Report of the Hyderabad Chloroform Commission
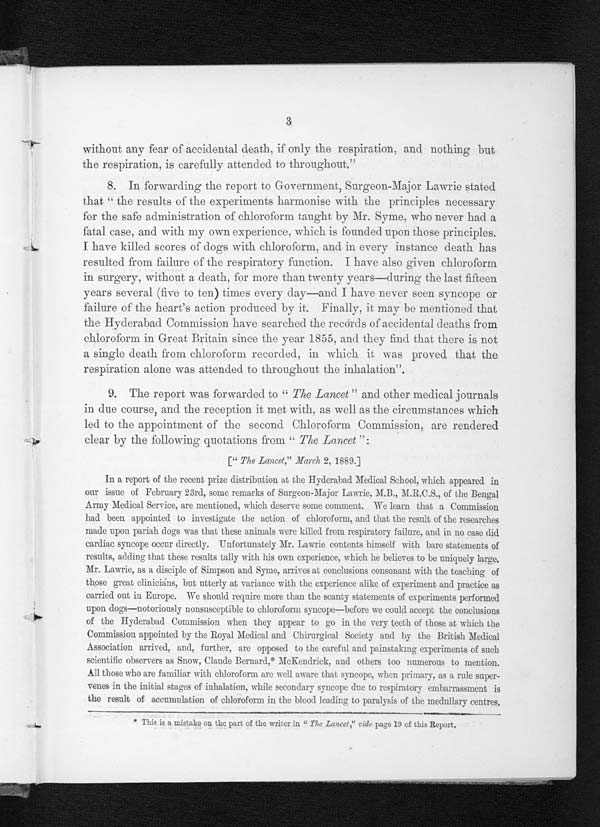
3
without any fear of accidental death, if only the respiration, and nothing but
the respiration, is carefully attended to throughout."
8. In forwarding the report to Government, Surgeon-Major Lawrie stated
that " the results of the experiments harmonise with the principles necessary
for the safe administration of chloroform taught by Mr. Syme, who never had a
fatal case, and with my own experience, which is founded upon those principles.
I have killed scores of dogs with chloroform, and in every instance death has
resulted from failure of the respiratory function. I have also given chloroform
in surgery, without a death, for more than twenty years—during the last fifteen
years several (five to ten) times every day—and I have never seen syncope or
failure of the heart's action produced by it. Finally, it may be mentioned that
the Hyderabad Commission have searched the records of accidental deaths from
chloroform in Great Britain. since the year 1855, and they find that there is not
a single death from chloroform recorded, in which it was proved that the
respiration alone was attended to throughout the inhalation".
9. The report was forwarded to " The Lancet" and other medical journals
in due course, and the reception it met with, as well as the circumstances which
led to the appointment of the second Chloroform Commission, are rendered
clear by the following quotations from " The Lancet":
[ " The Lancet," March 2, 1889.]
In a report of the recent prize distribution at the Hyderabad Medical School, which appeared in
our issue of February 23rd, some remarks of Surgeon-Major Lawrie, M.B., M.R.C.S., of the Bengal
Army Medical Service, are mentioned, which deserve some comment. We learn that a Commission
had been appointed to investigate the action of chloroform, and that the result of the researches
made upon pariah dogs was that these animals were killed from respiratory failure, and in no case did
cardiac syncope occur directly. Unfortunately Mr. Lawrie contents himself with bare statements of
results, adding that these results tally with his own experience, which he believes to be uniquely large.
Mr. Lawrie, as a disciple of Simpson and Syme, arrives at conclusions consonant with the teaching of
those great clinicians, but utterly at variance with the experience alike of experiment and practice as
carried out in Europe. We should require more than the scanty statements of experiments performed
upon dogs—notoriously nonsusceptible to chloroform syncope—before we could accept the conclusions
of the Hyderabad Commission when they appear to go in the very teeth of those at which the
Commission appointed by the Royal Medical and Chirurgical Society and by the British Medical
Association arrived, and, further, are opposed to the careful and painstaking . experiments of such
scientific observers as Snow, Claude Bernard,* McKendrick, and. others too numerous to mention.
All those who are familiar with chloroform are well aware that syncope, when primary, as a rule super-
venes in the initial stages of inhalation, while secondary syncope due to respiratory embarrassment is
the result of accumulation of chloroform in the blood leading to paralysis of the medullary centres,
* This is a mistake on the part of the writer in " The Lancet," vide page 19 of this Report.